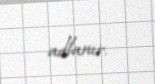
adlanır.